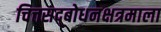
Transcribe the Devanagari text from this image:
चित्तसद्‍बोधनक्षत्रमाला